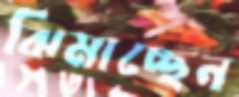
ঝিমাচ্ছেন